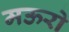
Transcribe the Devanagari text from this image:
मऊरो